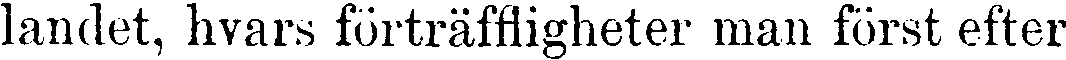
landet, hvars förträffligheter man först efter